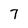
Character: 7